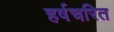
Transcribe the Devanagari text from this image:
हर्षचरित